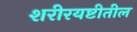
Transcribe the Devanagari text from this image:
शरीरयष्टीतील